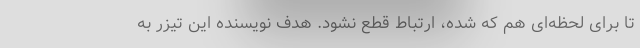
تا برای لحظه‌ای هم که شده، ارتباط قطع نشود. هدف نویسنده این تیزر به